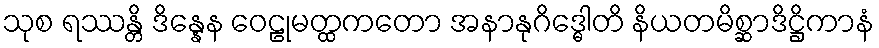
သုစ ရဿန္တိ ဒိန္နေန ဝေဠုမတ္ထကတော အနာနုဂိဒ္ဓေါတိ နိယတမိစ္ဆာဒိဋ္ဌိကာနံ